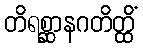
တိရစ္ဆာနဂတိတ္ထိံ